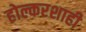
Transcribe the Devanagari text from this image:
होल्करशाही